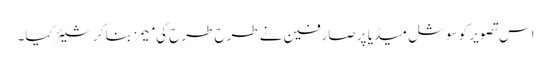
اس تصویر کو سوشل میڈیا پر صارفین نے طرح طرح کی میمز بنا کر شیئر کیا۔